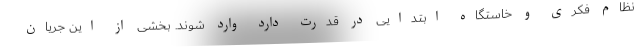
نظام فکری و خاستگاه ابتدایی در قدرت دارد وارد شوند. بخشی از این جریان